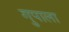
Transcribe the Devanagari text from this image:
गुपाला